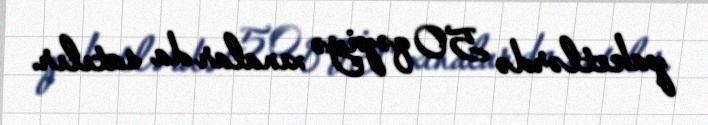
paketlərdə 50 qəpiyə xınalar da satılır.